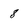
Character: 8